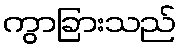
ကွာခြားသည်